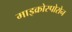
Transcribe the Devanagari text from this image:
माइक्रोस्पोरोन